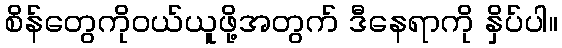
စိန်တွေကိုဝယ်ယူဖို့အတွက် ဒီနေရာကို နှိပ်ပါ။